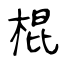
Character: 棍